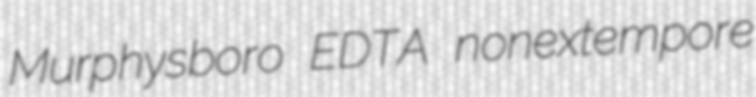
Murphysboro EDTA nonextempore